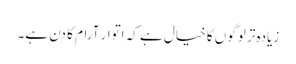
زیادہ تر لوگوں کا خیال ہے کہ اتوار آرام کا دن ہے۔